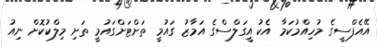
އޭއެފްސީގެ މުހިއްމުކަމާ އެކު އީގަލްސްގެ އަމާޒު ގައުމީ ތަށްޓަށްގައުމީ ތަށި މިލްކުކޮށް ނިއު